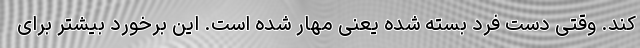
کند. وقتی دست فرد بسته شده یعنی مهار شده است. این برخورد بیشتر برای